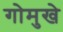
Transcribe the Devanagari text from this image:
गोमुखे